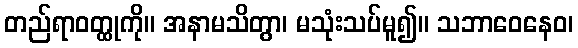
တည်ရာဝတ္ထုကို။ အနာမသိတွာ၊ မသုံးသပ်မူ၍။ သဘာဝေနေဝ၊